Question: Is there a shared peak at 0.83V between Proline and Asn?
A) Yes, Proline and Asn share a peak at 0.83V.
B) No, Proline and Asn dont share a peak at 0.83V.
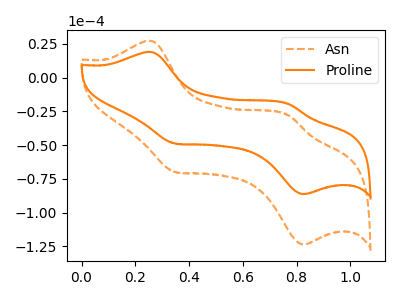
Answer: <think>The orange dashed curve "Asn" has anodic peaks at (0.25V, 27.45uA) (0.75V, -27.70uA) and cathodic peaks at (0.35V, -69.85uA) (0.85V, -123.60uA). The orange curve "Proline" has anodic peaks at (0.25V, 19.15uA) (0.75V, -19.35uA) and cathodic peaks at (0.35V, -48.75uA) (0.85V, -86.25uA).</think>
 <answer>A) Yes, "Proline" and "Asn" share a peak at 0.83V.</answer>
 <eval>A</eval>